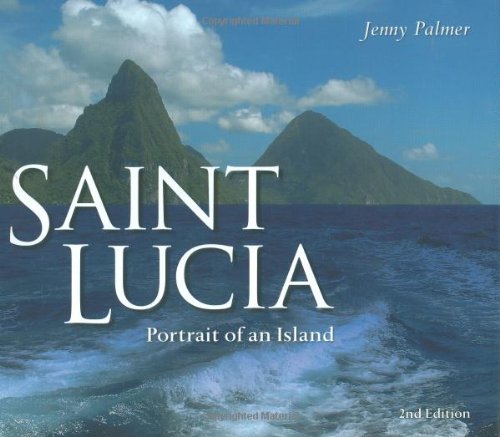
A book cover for Saint Lucia: Portrait of an Island; Jenny Palmer; Travel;